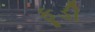
ફૂડી